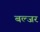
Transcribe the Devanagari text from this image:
बल्जर